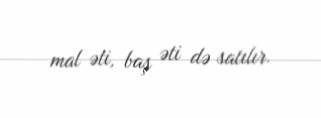
mal əti, baş əti də satılır.